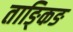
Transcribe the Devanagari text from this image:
ताङ्किङ